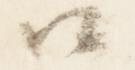
口